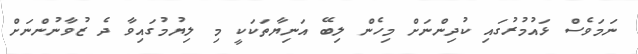
ނަމަވެސް ޅައުމުރުގައި ކުދިންނަށް މިހެން ލިބޭ އަނިޔާތަކަކީ މި ލިޔުމުގައިވާ ދެ ޒުވާނުންނަށް